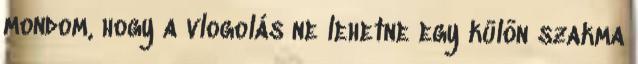
mondom, hogy a vlogolás ne lehetne egy külön szakma